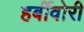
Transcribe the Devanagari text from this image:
हर्बीवोरी